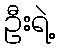
ဦးရဲ့